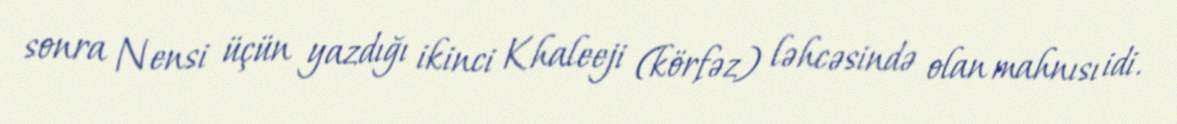
sonra Nensi üçün yazdığı ikinci Khaleeji (körfəz) ləhcəsində olan mahnısı idi.